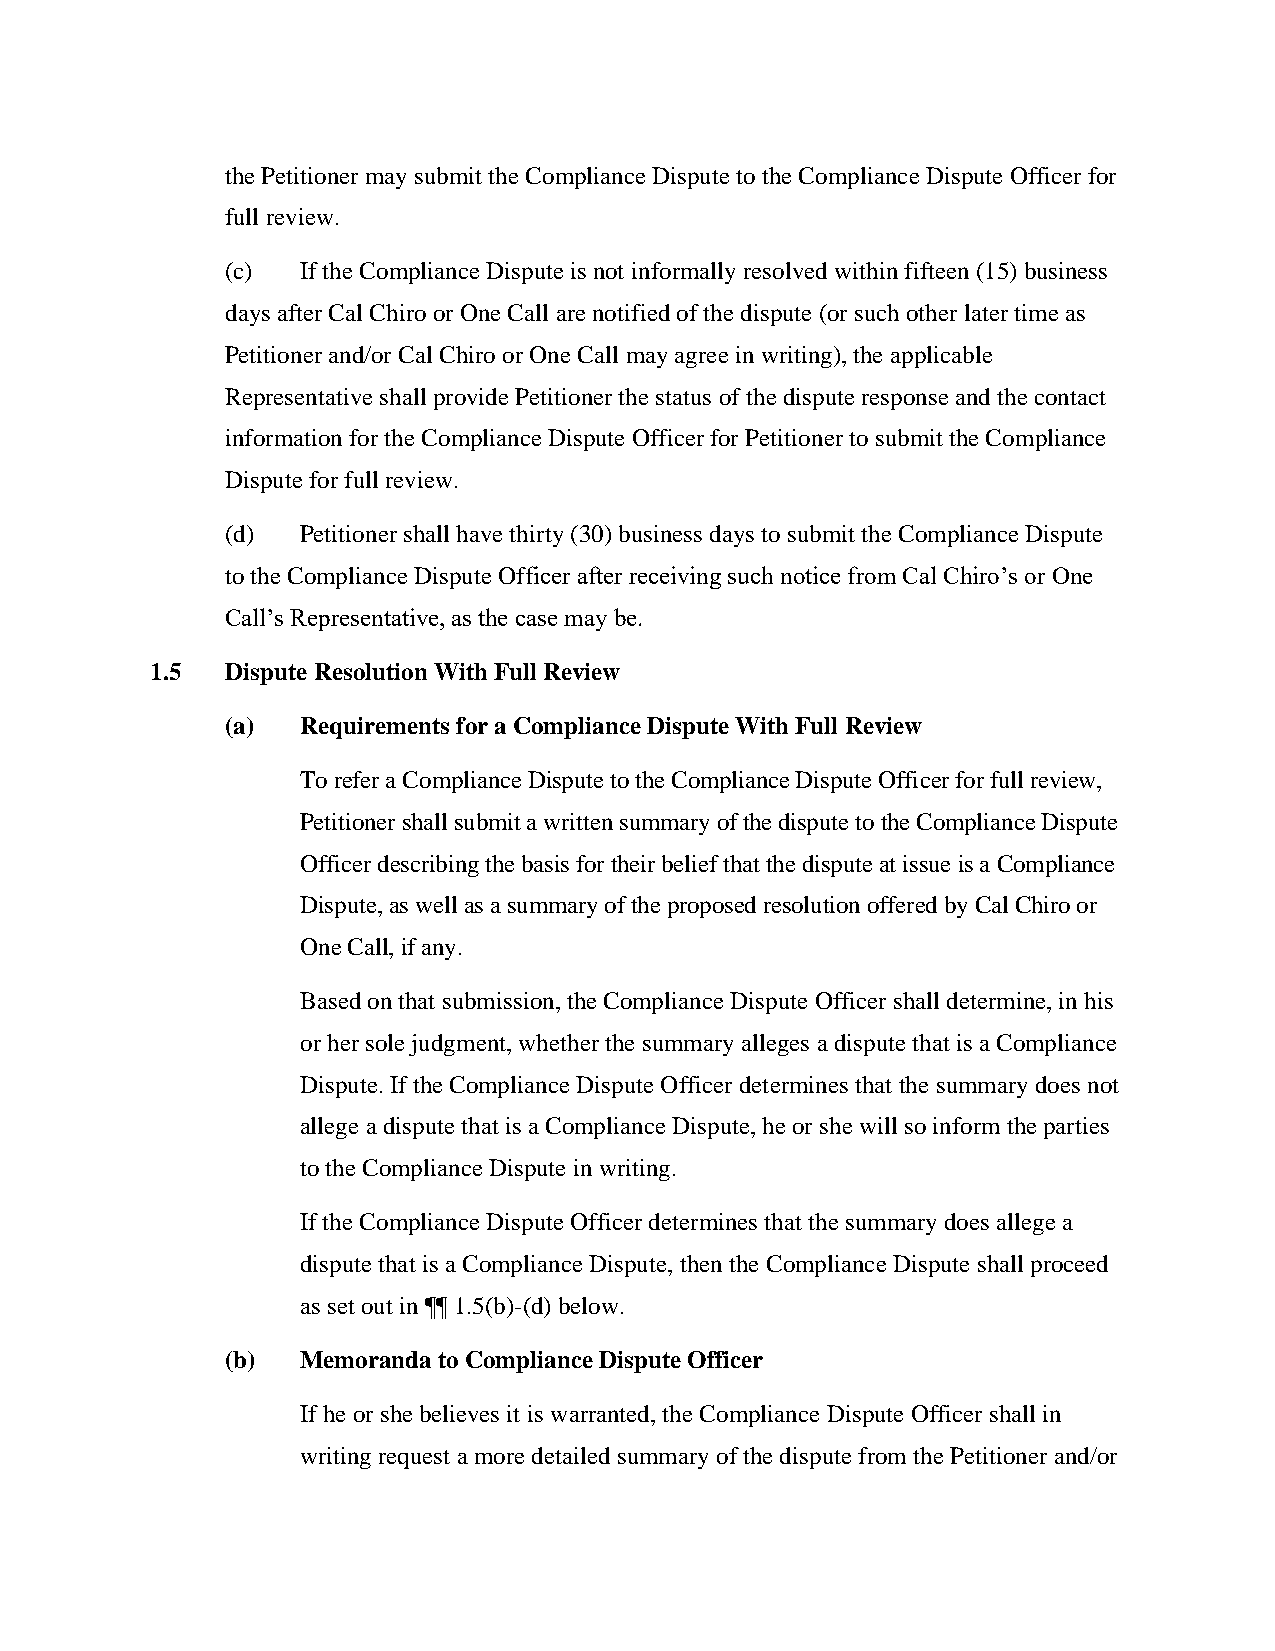
the Petitioner may submit the Compliance Dispute to the Compliance Dispute Officer for
 full review.
 (c)  If the Compliance Dispute is not informally resolved within fifteen (15) business
 days after Cal Chiro or One Call are notified of the dispute (or such other later time as
 Petitioner and/or Cal Chiro or One Call may agree in writing), the applicable
 Representative shall provide Petitioner the status of the dispute response and the contact
 information for the Compliance Dispute Officer for Petitioner to submit the Compliance
 Dispute for full review.
 (d)  Petitioner shall have thirty (30) business days to submit the Compliance Dispute
 to the Compliance Dispute Officer after receiving such notice from Cal Chiro’s or One
 Call’s Representative, as the case may be.
 1.5  Dispute Resolution With Full Review
 (a)  Requirements for a Compliance Dispute With Full Review
 To refer a Compliance Dispute to the Compliance Dispute Officer for full review,
 Petitioner shall submit a written summary of the dispute to the Compliance Dispute
 Officer describing the basis for their belief that the dispute at issue is a Compliance
 Dispute, as well as a summary of the proposed resolution offered by Cal Chiro or
 One Call, if any.
 Based on that submission, the Compliance Dispute Officer shall determine, in his
 or her sole judgment, whether the summary alleges a dispute that is a Compliance
 Dispute. If the Compliance Dispute Officer determines that the summary does not
 allege a dispute that is a Compliance Dispute, he or she will so inform the parties
 to the Compliance Dispute in writing.
 If the Compliance Dispute Officer determines that the summary does allege a
 dispute that is a Compliance Dispute, then the Compliance Dispute shall proceed
 as set out in ¶¶ 1.5(b)-(d) below.
 (b)  Memoranda to Compliance Dispute Officer
 If he or she believes it is warranted, the Compliance Dispute Officer shall in
 writing request a more detailed summary of the dispute from the Petitioner and/or